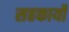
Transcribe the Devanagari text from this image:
सहकार्यों